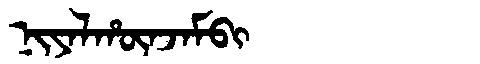
Manchu: ᠨᡳᠶᠠᠯᡥᡡᠨᠵᠠᠮᠪᡳ
Romanization: NIYALHŪNJAMBI